Indian journal of veterinary science and animal husbandry - Volumes 26-27, 1956-1957
Year: 1956
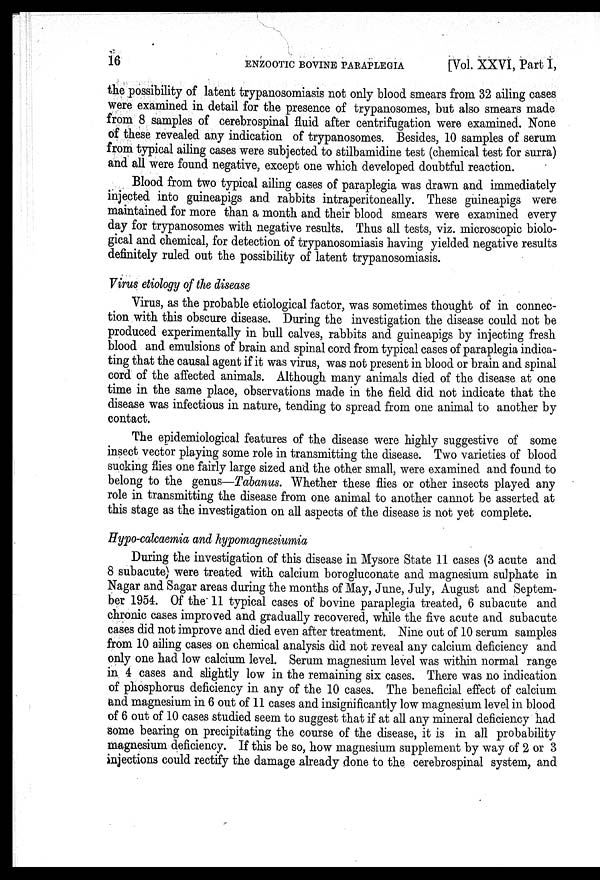
16
ENZOOTIC
BOVINE
PARAPLEGIA
[Vol. XXVI, Part I,
the possibility of latent trypanosomiasis not only blood smears from 32 ailing cases
were examined in detail for the presence of trypanosomes, but also smears made
from 8 samples of cerebrospinal fluid after centrifugation were examined. None
of these revealed any indication of trypanosomes. Besides, 10 samples of serum
from typical ailing cases were subjected to stilbamidine test (chemical test for surra)
and all were found negative, except one which developed doubtful reaction.
Blood from two typical ailing cases of paraplegia was drawn and immediately
injected into guineapigs and rabbits intraperitoneally. These guineapigs were
maintained for more than a month and their blood smears were examined every
day for trypanosomes with negative results. Thus all tests, viz. microscopic biolo-
gical and chemical, for detection of trypanosomiasis having yielded negative results
definitely ruled out the possibility of latent trypanosomiasis.
Virus etiology of the disease
Virus, as the probable etiological factor, was sometimes thought of in connec-
tion with this obscure disease. During the investigation the disease could not be
produced experimentally in bull calves, rabbits and guineapigs by injecting fresh
blood and emulsions of brain and spinal cord from typical cases of paraplegia indica-
ting that the causal agent if it was virus, was not present in blood or brain and spinal
cord of the affected animals. Although many animals died of the disease at one
time in the same place, observations made in the field did not indicate that the
disease was infectious in nature, tending to spread from one animal to another by
contact.
The epidemiological features of the disease were highly suggestive of some
insect vector playing some role in transmitting the disease. Two varieties of blood
sucking flies one fairly large sized and the other small, were examined and found to
belong to the genus—Tabanus. Whether these flies or other insects played any
role in transmitting the disease from one animal to another cannot be asserted at
this stage as the investigation on all aspects of the disease is not yet complete.
Hypo-calcaemia and hypomagnesiumia
During the investigation of this disease in Mysore State 11 cases (3 acute and
8 subacute) were treated with calcium borogluconate and magnesium sulphate in
Nagar and Sagar areas during the months of May, June, July, August and Septem-
ber 1954. Of the 11 typical cases of bovine paraplegia treated, 6 subacute and
chronic cases improved and gradually recovered, while the five acute and subacute
cases did not improve and died even after treatment. Nine out of 10 serum samples
from 10 ailing cases on chemical analysis did not reveal any calcium deficiency and
only one had low calcium level. Serum magnesium level was within normal range
in 4 cases and slightly low in the remaining six cases. There was no indication
of phosphorus deficiency in any of the 10 cases. The beneficial effect of calcium
and magnesium in 6 out of 11 cases and insignificantly low magnesium level in blood
of 6 out of 10 cases studied seem to suggest that if at all any mineral deficiency had
some bearing on precipitating the course of the disease, it is in all probability
magnesium deficiency. If this be so, how magnesium supplement by way of 2 or 3
injections could rectify the damage already done to the cerebrospinal system, and